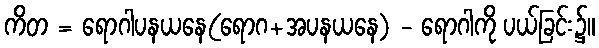
ကိတ = ရောဂါပနယနေ(ရောဂ+အပနယနေ) - ရောဂါကို ပယ်ခြင်း၌။